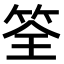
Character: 筌